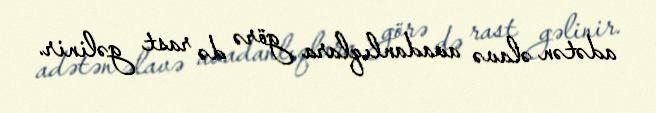
adətən əlavə avadanlıqlara görə də rast gəlinir.